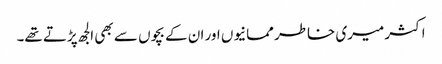
اکثر میری خاطر ممانیوں اور ان کے بچوں سے بھی الجھ پڑتے تھے۔